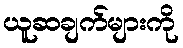
ယူဆချက်များကို